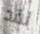
لقد